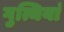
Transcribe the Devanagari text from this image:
गुत्थियां